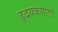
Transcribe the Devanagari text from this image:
हृदयकपाटों